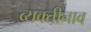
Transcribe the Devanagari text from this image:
व्यक्तीनाव